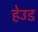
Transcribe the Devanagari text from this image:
हेउड